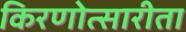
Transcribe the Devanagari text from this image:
किरणोत्सारीता